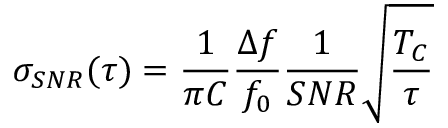
\sigma _ { S N R } ( \tau ) = \frac { 1 } { \pi C } \frac { \Delta f } { f _ { 0 } } \frac { 1 } { S N R } \sqrt { \frac { T _ { C } } { \tau } }